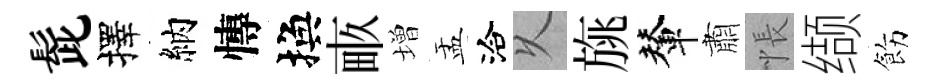
髭擇納慱換畞増盂洽乆旐輦肅悵缬飭